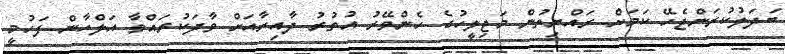
ބަދަލުކުރަންޖެހޭ ކަމަށް ރައްޔިތުން މަޖިލީހުގެ ހެންވޭރު އުތުރު ދާއިރާއަށް ވާދަކުރައްވާ އަލްހާން ފަހުމީ